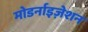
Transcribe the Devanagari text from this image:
मोडर्नाइज़ेशन